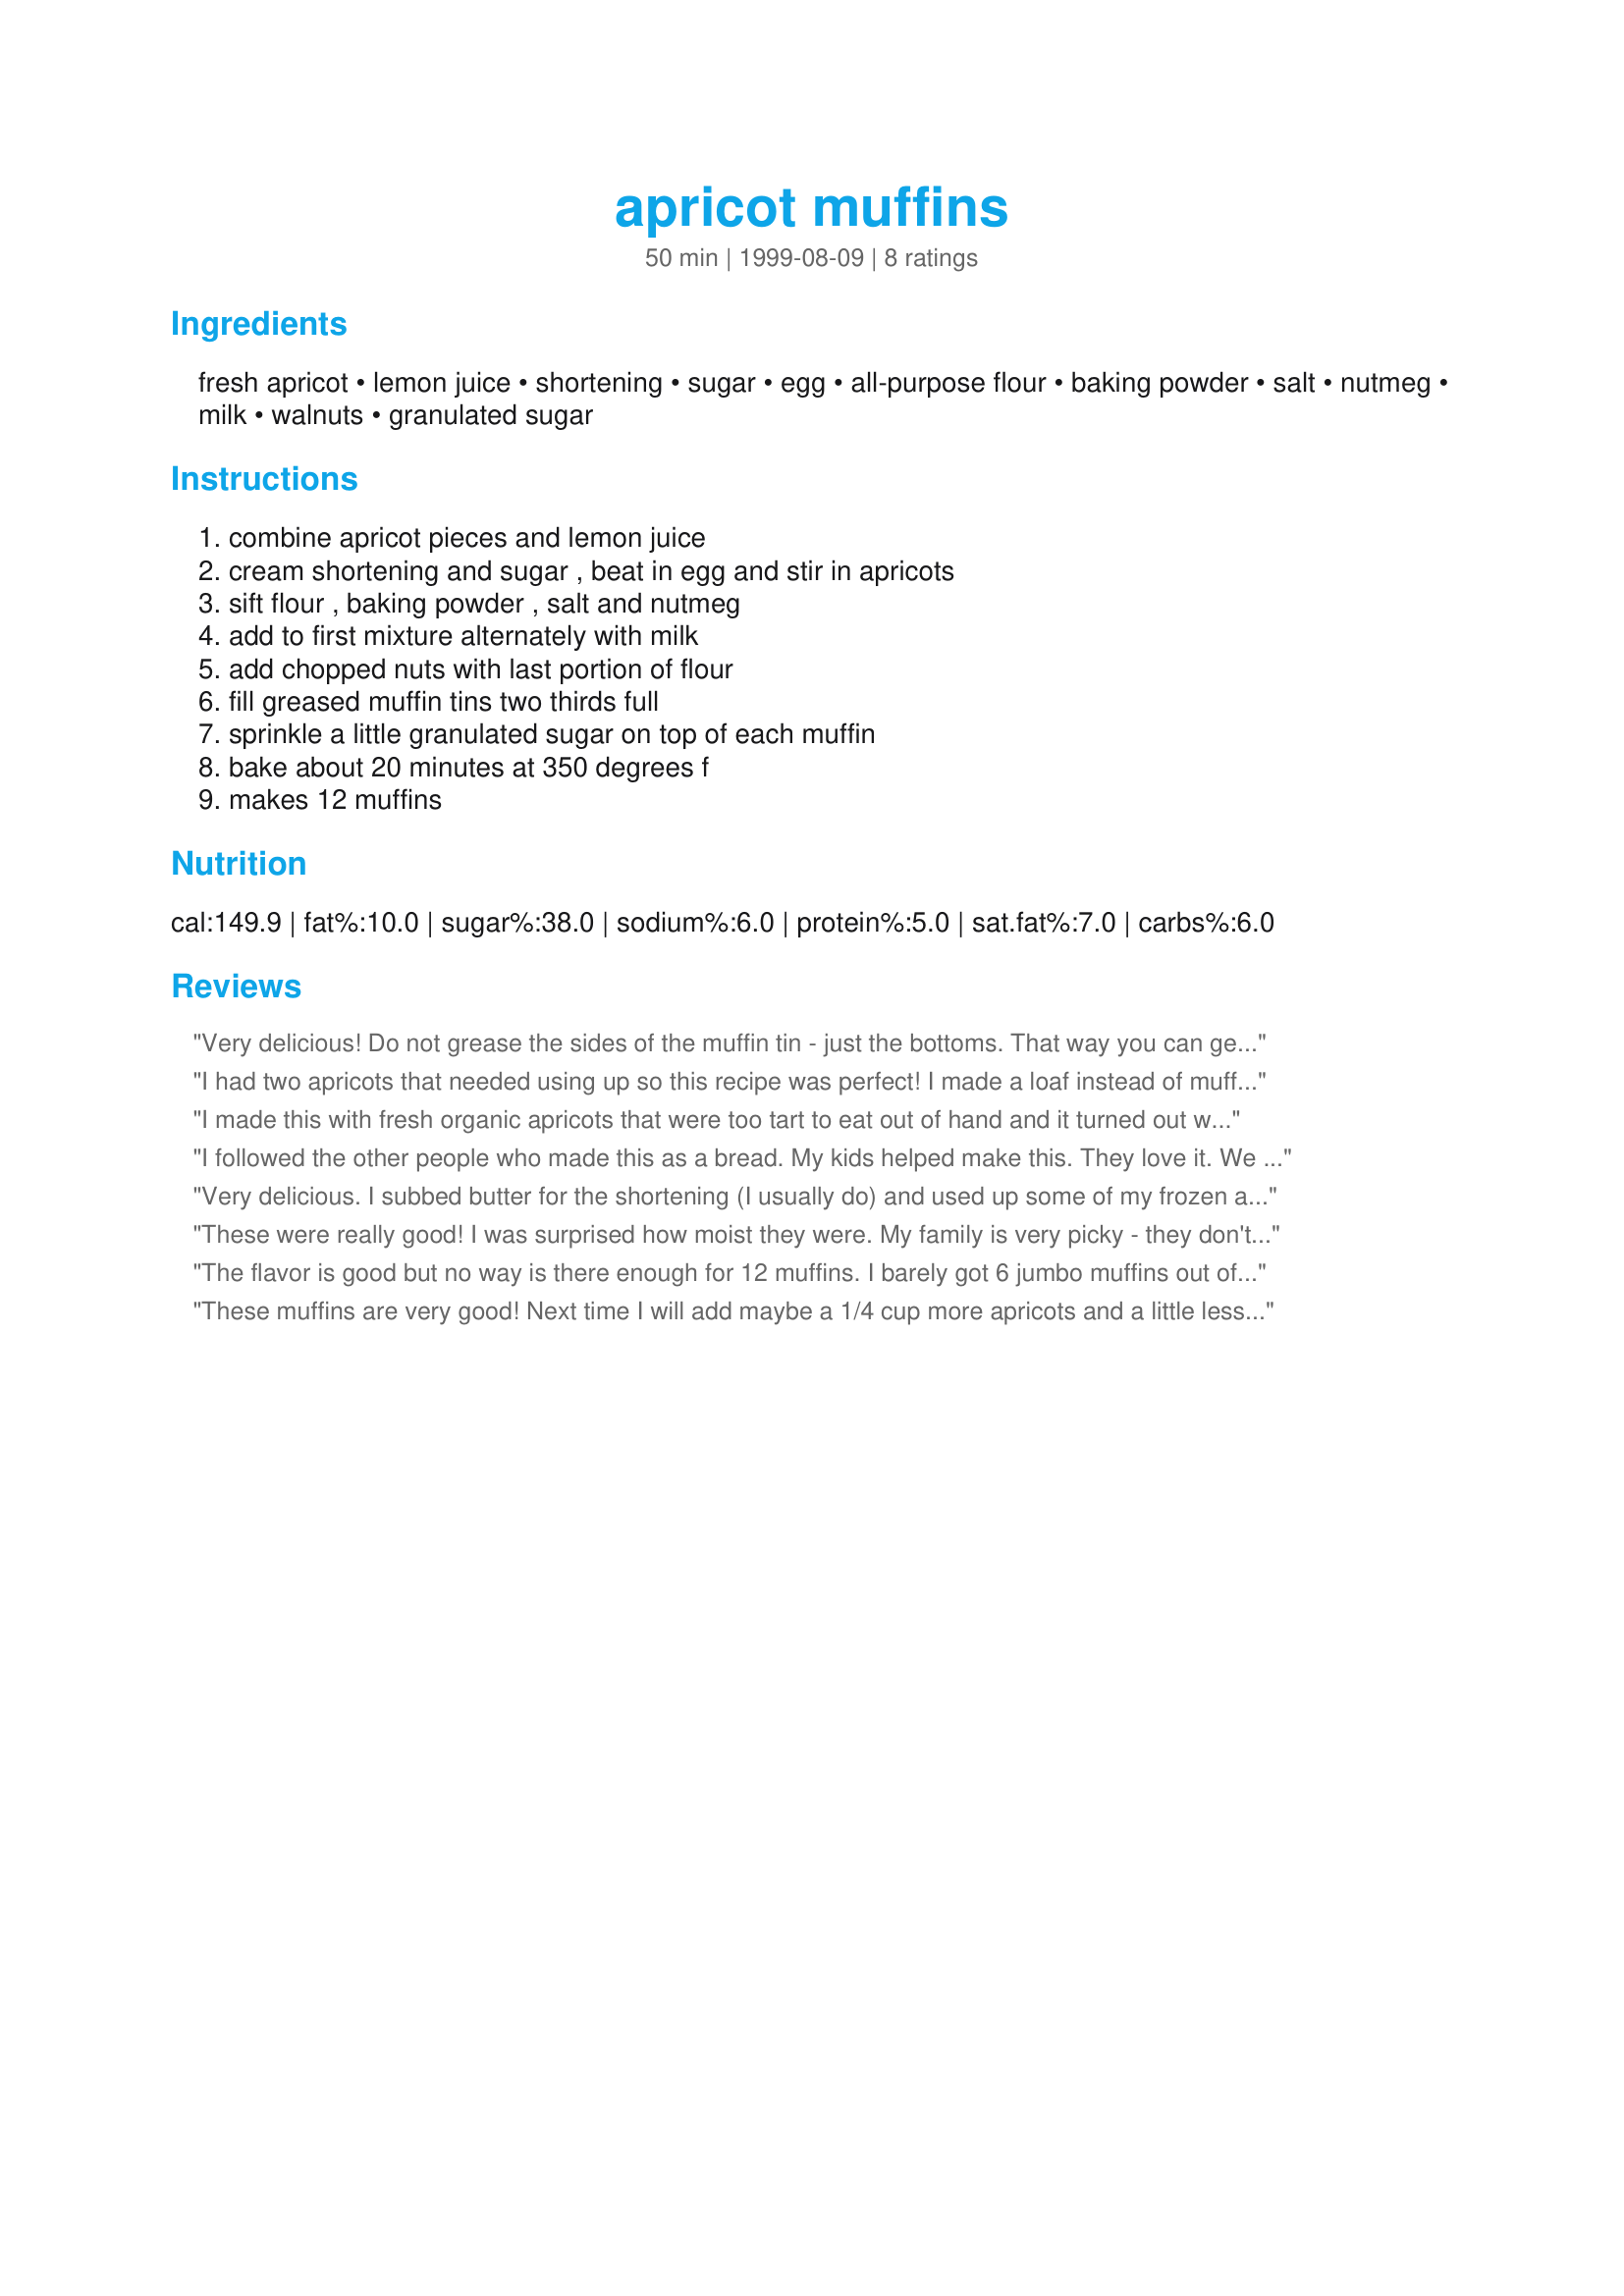
apricot muffins
Preparation time: 50 minutes

Ingredients:
fresh apricot, lemon juice, shortening, sugar, egg, all-purpose flour, baking powder, salt, nutmeg, milk, walnuts, granulated sugar

Steps:
combine apricot pieces and lemon juice, cream shortening and sugar , beat in egg and stir in apricots, sift flour , baking powder , salt and nutmeg, add to first mixture alternately with milk, add chopped nuts with last portion of flour, fill greased muffin tins two thirds full, sprinkle a little granulated sugar on top of each muffin, bake about 20 minutes at 350 degrees f, makes 12 muffins

Reviews:
Very delicious! Do not grease the sides of the muffin tin - just the bottoms. That way you can get lovely browned crusts. I think I'll cut down on the nutmeg next time or play around with another flavor...it's really strong!
I had two apricots that needed using up so this recipe was perfect! I made a loaf instead of muffins. The nutmeg went really well. Thanks!
I made this with fresh organic apricots that were too tart to eat out of hand and it turned out wonderfully. You can really taste the apricots and all the flavors are very well-balanced. I actually made this as a loaf, rather than muffins (by the way, just to note, 6 jumbo muffins should equal 12 regular-sized muffins, so I think that Dorel was mistaken in that respect). It turned out with a lovely cake-like crumb, dense and moist. I was surprised that the recipe instructed to add the apricot so early- most baked good recipes call for any fruit added to be added at the very end so that the fruit isn't broken down. I think the fact that the apricots were added earlier and mashed a little as I mixed in the other ingredients made the bread moister and infused the whole thing with more apricot flavor. I made a few subs- I used whole wheat pastry flour rather than all-purpose, sucanat rather than white sugar and butter instead of shortening. I didn't find it at all too sweet, especially with the fresh apricots which are much less sweet than dried. I really liked the flavor/texture that the walnuts added. Just a really lovely bread. I liked it especially refrigerated and sliced thinly- mmm!
I followed the other people who made this as a bread. My kids helped make this. They love it. We did use the food processor for the apricots(kids preferance). I did not add nuts to one of the loafs, they do not like nuts either. I am glad "dawneg" suggested that. Since I doubled the recipe I put pecans in one loaf for myself. I had pecans at home and used them up in this recipe. When I doubled the recipe I did not double the nutmeg because one person said it was a little much. I may try using a little lemon zest in it next time. Overall fast, easy and good way to use up your apricots.
Very delicious. I subbed butter for the shortening (I usually do) and used up some of my frozen apricots from last year. Instant family favorite!
These were really good! I was surprised how moist they were. My family is very picky - they don't like apricots, nuts or chunks, so I pureed the cots and left out the nuts and the sugar on top. I froze them and took them to a family reunion so everyone could taste one - all were pleasantly surprised! Thanks a bunch for a nice change in a muffin.
The flavor is good but no way is there enough for 12 muffins. I barely got 6 jumbo muffins out of it and I used 2 cups chopped apricots and 1/2 cup nuts.
I used dried apricots that I rehydrated with boiling water. Instead of milk I used 1/2 cup apricot water as I knew the rehydrated apricots would not have as much juice as the fresh. I only used 1/3 cup sugar, that's my personal taste, I don't like muffins sweet. These were even too sweet for me. I would use 1/4 cup sugar for my taste. Thanks for a tasty apricot muffin recipe.
These muffins are very good! Next time I will add maybe a 1/4 cup more apricots and a little less baking powder. I didn't add any sugar on top and it was fine.
